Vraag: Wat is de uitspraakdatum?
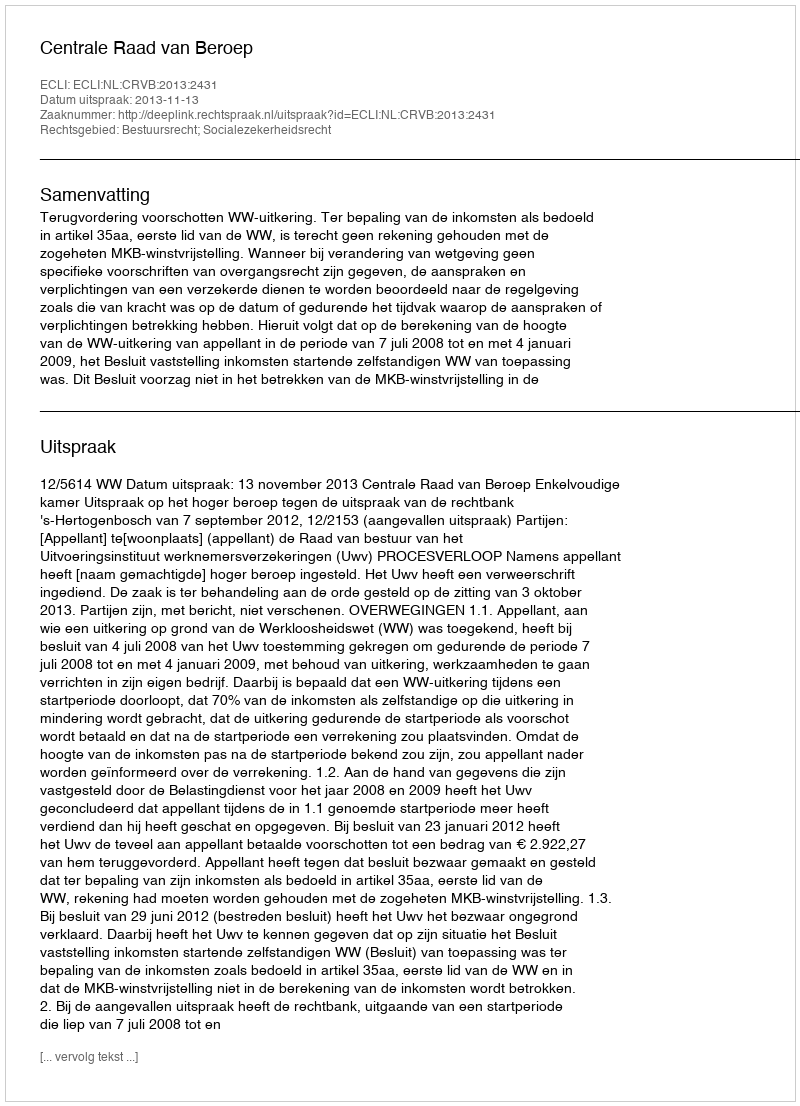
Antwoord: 2013-11-13